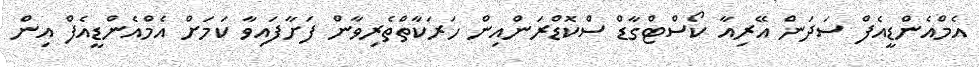
އެމްއެންޑީއެފް ސަދަން އޭރިއާ ކޯސްޓްގާޑް ސްކޮޑްރަންއިން ހަރަކާތްތެރިވާން ފަށާފައިވާ ކަމަށް އެމްއެންޑީއެފް އިން